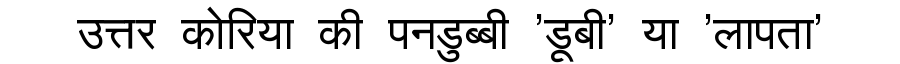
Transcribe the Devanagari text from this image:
उत्तर कोरिया की पनडुब्बी 'डूबी' या 'लापता'